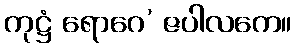
ကုဋ္ဌံ ရောဂေ’ ဇပါလကေ။